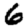
Digit: 6